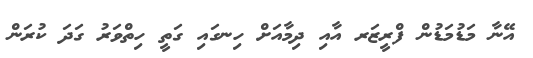
އޭނާ މަޑުމަޑުން ފްރީޒަރ އާއި ދިމާއަށް ހިނގައި ގަތީ ހިތްވަރު ގަދަ ކުރަން